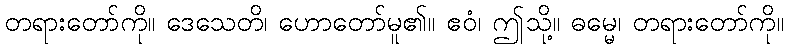
တရားတော်ကို။ ဒေသေတိ၊ ဟောတော်မူ၏။ ဧဝံ၊ ဤသို့။ ဓမ္မေ၊ တရားတော်ကို။